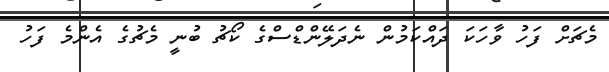
މެޗަށް ފަހު ވާހަކަ ދައްކަމުން ނެދަލޭންޑްސްގެ ކޯޗު ބުނީ މެޗުގެ އެންމެ ފަހު